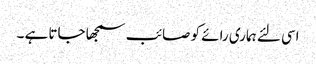
اسی لئے ہماری رائے کو صائب سمجھا جاتا ہے ۔